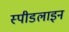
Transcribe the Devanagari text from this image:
स्पीडलाइन